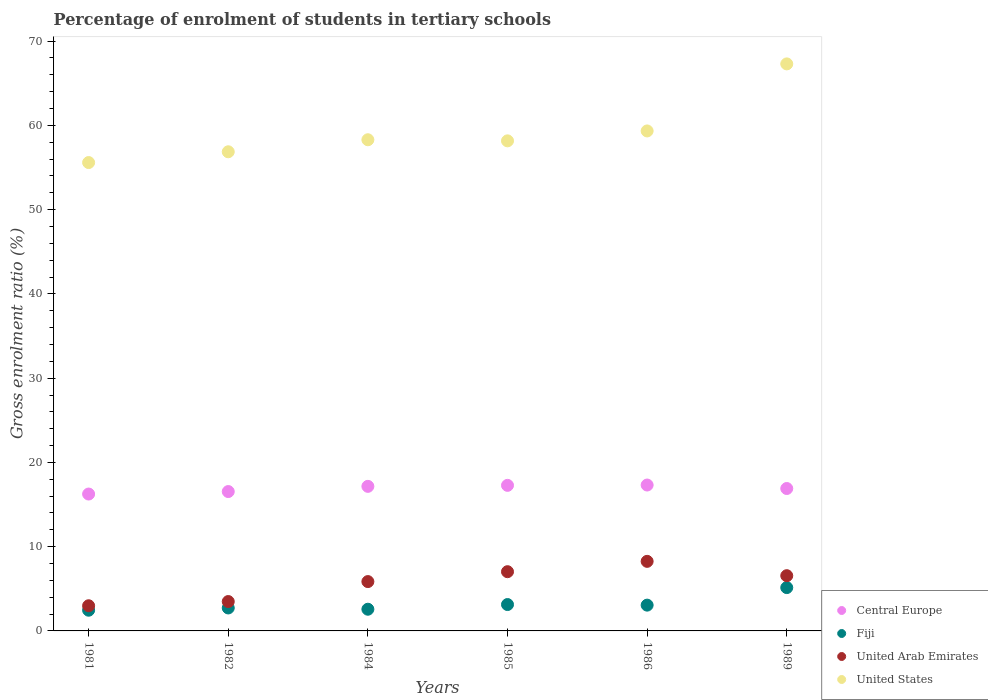
| Years | Central Europe | Fiji | United Arab Emirates | United States |
 | --- | --- | --- | --- | --- |
 | 1981 | 16.2 | 2.46 | 2.99 | 55.6 |
 | 1982 | 16.5 | 2.72 | 3.49 | 56.9 |
 | 1984 | 17.2 | 2.57 | 5.86 | 58.3 |
 | 1985 | 17.3 | 3.13 | 7.03 | 58.2 |
 | 1986 | 17.3 | 3.06 | 8.26 | 59.3 |
 | 1989 | 16.9 | 5.14 | 6.56 | 67.3 |